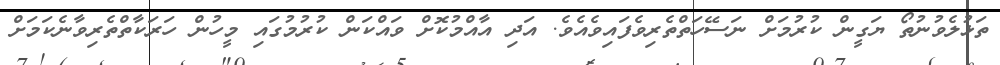
ތަޅުލެވުނުތޯ ޔަގީން ކުރުމަށް ނަސޭހަތްތެރިވެފައިވެއެވެ. އަދި އާއްމުކޮށް ވައްކަން ކުރުމުގައި މީހުން ހަރަކާތްތެރިވާނެކަމަށް